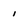
Character: I